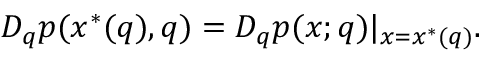
D _ { q } p ( x ^ { * } ( q ) , q ) = D _ { q } p ( x ; q ) | _ { x = x ^ { * } ( q ) } .